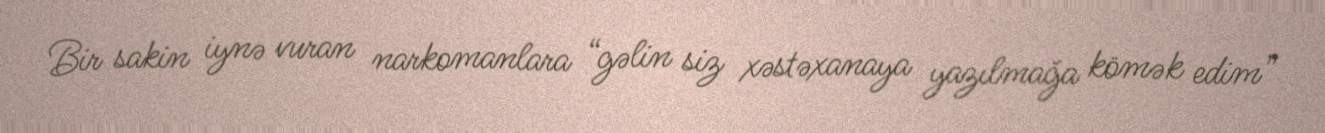
Bir sakin iynə vuran narkomanlara “gəlin siz xəstəxanaya yazılmağa kömək edim”